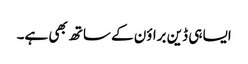
ایسا ہی ڈین براؤن کے ساتھ بھی ہے۔